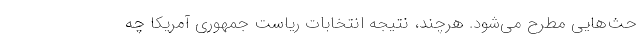
حث‌هایی مطرح می‌شود. هرچند، نتیجه انتخابات ریاست جمهوری آمریکا چه